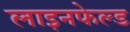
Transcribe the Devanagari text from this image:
लाइनफेल्ड